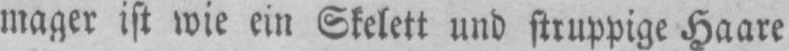
Haare